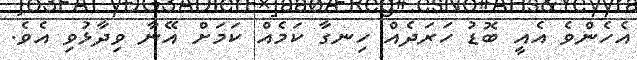
އެހެންވެ އެއީ ބޮޑު ހަރަދެއް ހިނގާ ކަމެއް ކަމަށް އޭނާ ވިދާޅުވި އެވެ.